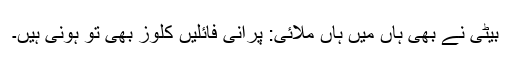
بیٹی نے بھی ہاں میں ہاں ملائی: پرانی فائلیں کلوز بھی تو ہونی ہیں۔